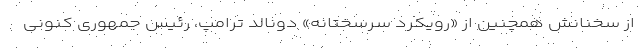
از سخنانش همچنین از «رویکرد سرسختانه» دونالد ترامپ، رئیس جمهوری کنونی